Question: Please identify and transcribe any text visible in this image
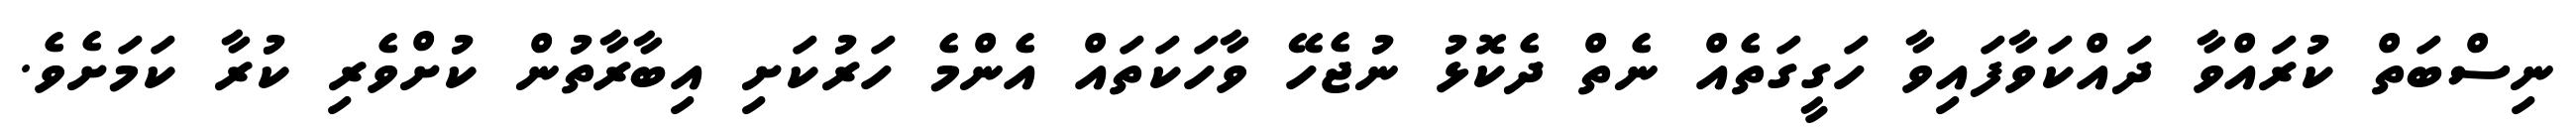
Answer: ނިސްބަތް ކުރައްވާ ދައްކަވާފައިވާ ހަގީގަތެއް ނެތް ދެކޮޅު ނުޖެހޭ ވާހަކަތައް އެންމެ ހަރުކަށި އިބާރާތުން ކުށްވެރި ކުރާ ކަމަށެވެ.